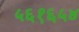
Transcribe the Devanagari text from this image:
५६१६५४